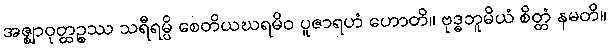
အဇ္ဈာဝုတ္ထဉ္စဿ သရီရမ္ပိ စေတိယဃရမိဝ ပူဇာရဟံ ဟောတိ။ ဗုဒ္ဓဘူမိယံ စိတ္တံ နမတိ။